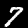
Digit: 7